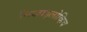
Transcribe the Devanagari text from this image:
मिखाइलोव्हिच